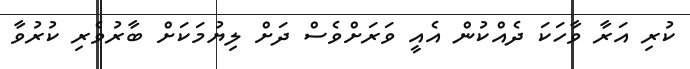
ކުރި އަރާ ވާހަކަ ދެއްކުން އެއީ ވަރަަށްވެސް ދަށް ލިޔުމަކަށް ބާރުވެރި ކުރުވާ